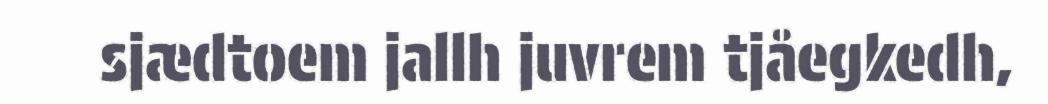
sjædtoem jallh juvrem tjåegkedh,